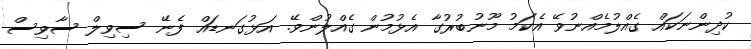
ކުދިންނަކައް ގެއްލުމެއްނުވޭ އެކަމު މޫނުބުރުގާ އެޅުމުން ގެއްލުންވޭ. އަޅުގަނޑައް ފެނޭ ސިވިލް ސާވިސް